Report on vaccination in Madras 1904-1921 - 1904-1921
Year: 1904
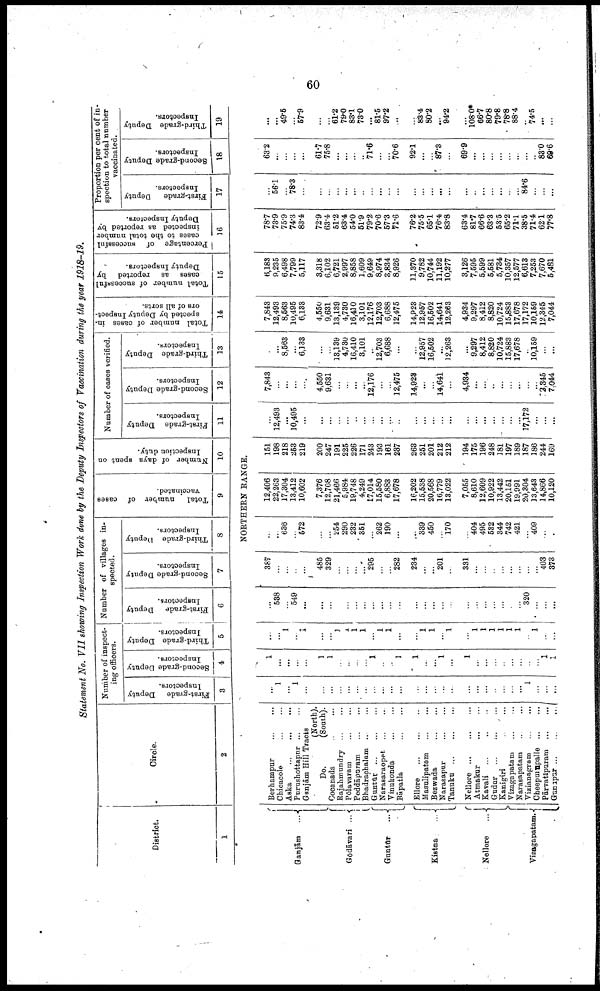
60
Statement No. VII showing Inspection Work done by the Deputy Inspectors of Vaccination during the year 1918-19.
District.
1
Ganjām
...
Gōdāvari ...
Guntūr
...
Kistna
...
Nellore
...
Vizagapatam.
Circle.
2
Berhampur
...
...
Chicacole ... ...
Aska
...
...
...
Purushottapur ... ...
Ganjām Hill Tracts
(North).
Do.
(South).
Cocanada ... ...
Rajahmundry ... ...
Pōlavaram ... ...
Peddāpuram ... ...
Bhadrachalam ... ...
Guntūr ... ... ...
Narasaraopet
...
...
Vinukonda ... ...
Bāpatla ... ...
Ellore
...
...
...
Masulipatam ... ...
Bezwada
...
...
Narasapur ... ...
Tanuku
...
...
...
Nellore
...
...
...
Atmakur
...
...
Kavali ... ... ...
Gudur
...
...
...
Kanigiri
...
...
Vizagapatam ... ...
Narasapatam
...
...
Vizianagram
...
...
Cheepulūpalle ...
Pārvatipuram
...
...
Gunupur ... ...
Number of inspect
ing officers.
First-grade Deputy
Inspectors.
3
Second-grade Deputy
Inspectors.
4
Third-grade Deputy
Inspectors.
5
Number of villages in
spected .
First-grade
Deputy
Inspectors.
6
S econd-grade Deputy
Inspectors.
7
Third-grade Deputy
Inspectors.
8
Total
number of cases
vaccinated.
9
Number of days spent on
Inspection duty.
10
Number of cases verified.
First-grade Deputy
Inspectors.
11
Second-grade Deputy
Inspectors.
12
Third-grade Deputy
Inspectors.
13
Total number of cases in
spected by Deputy Inspect
ors of all sorts.
14
Total number of successful
cases as reported by
Deputy Inspectors.
15
Percentage of successful
cases to the total number
inspected as reported by
Deputy Inspectors.
16
Proportion per cent of in
spection to total number
vaccinated.
First-grade
Deputy
Inspectors.
17
Second-grade Deputy
Inspectors.
18
Third-grade Deputy
Inspectors.
19
NORTHERN RANGE.
...
1
...
1
...
...
...
...
...
...
...
...
...
...
...
...
...
...
...
...
...
...
...
...
...
...
...
1
...
...
...
1
...
...
...
...
1
1
...
...
...
...
1
...
...
1
1
...
...
1
...
1
...
...
...
...
...
...
...
...
1
1
...
...
1
...
1
...
...
1
1
1
1
...
1
1
...
...
1
1
...
1
...
1
1
1
1
1
1
...
1
...
...
...
538
...
549
...
...
...
...
...
...
...
...
...
...
...
...
...
...
...
...
...
...
...
...
...
...
...
320
...
...
...
387
...
...
...
...
485
329
...
...
...
...
295
...
...
282
234
...
...
201
...
331
...
...
...
...
...
...
...
...
403
373
...
...
636
...
572
...
...
254
290
282
351
...
262
190
...
...
339
450
...
170
...
404
495
532
344
742
421
...
409
...
...
12,406
22,263
17,304
13,412
10,602
7,376
12,708
21,466
5,984
19,748
4,249
17,014
15,580
6,883
17,678
16,202
15,538
20,568
16,779
13,022
7,055
8,610
12,609
10,922
13,442
20,151
19,991
20,304
13,643
14,866
10,120
151
198
218
253
219
200
247
191
225
226
171
243
193
161
237
268
251
201
212
212
194
175
196
248
181
197
189
187
186
244
169
...
12,493
...
10,495
...
...
...
...
...
...
...
...
...
...
...
...
...
...
...
...
...
...
...
...
...
...
...
17,172
...
...
...
7,843
...
...
...
...
4,550
9,631
...
...
...
...
12,176
...
...
12,475
14,923
...
...
14,641
...
4,934
...
...
...
...
...
...
...
...
2,345
7,044
...
...
8,563
...
6,133
...
...
13,139
4,730
16,410
3,101
...
12,703
6,688
...
...
12,957
16,502
...
12,263
...
9,297
8,412
8,820
10,724
15,883
17,678
...
10,159
...
...
7,843
12,493
8,563
10,495
6,133
4,550
9,631
13,139
4,730
16,410
3,101
12,176
12,703
6,688
12,475
14,923
12,957
16,502
14,641
12,263
4,934
9,297
8,412
8,820
10,724
15,883
17,678
17,172
10,159
12,345
7,044
6,183
9,235
6,498
7,799
5,117
3,318
6,102
6,721
2,997
8,858
1,609
9,649
8,974
3,834
8,926
11,370
9,782
10,744
11,192
10,277
3,126
7,595
5,599
5,581
5,734
10,357
12,577
6,613
7,253
7,670
5,481
78.7
78.9
75.9
74.3
83.4
72.9
63.4
51.2
63.4
54.0
51.9
79.2
70.6
57.3
71.6
76.2
75.5
65.1
76.4
83.8
63.4
81.7
66.6
63.3
53.5
65.2
71.1
38.5
71.4
62.1
77.8
...
56.1
...
78.3
...
...
...
...
...
...
...
...
...
...
...
...
...
...
...
...
...
...
...
...
...
...
...
84.6
...
...
...
63.2
...
...
...
...
61.7
75.8
...
...
...
...
71.6
...
...
70.6
92.1
...
...
87.3
...
69.9
...
...
...
...
...
...
...
...
83.0
69.6
...
...
49.5
...
57.9
...
...
61.2
79.0
88.1
73.0
...
81.5
97.2
...
...
83.4
80.2
...
94.2
...
108.0*
66.7
80.8
79.8
78.8
88.4
...
74.5
...
...